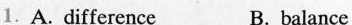
1. A. Difference B. balance